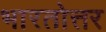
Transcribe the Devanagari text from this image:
भारतोत्तर